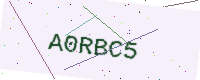
Text: A0RBC5